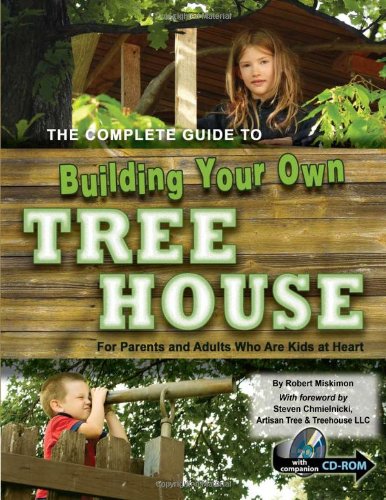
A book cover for The Complete Guide to Building Your Own Tree House: For Parents and Adults Who Are Kids at Heart; Robert Miskimon; Crafts, Hobbies & Home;